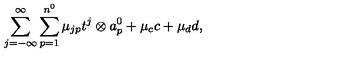
\sum _ { j = - \infty } ^ { \infty } \sum _ { p = 1 } ^ { n ^ { 0 } } \mu _ { j p } t ^ { j } \otimes a _ { p } ^ { 0 } + \mu _ { c } c + \mu _ { d } d ,